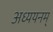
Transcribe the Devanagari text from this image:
अध्ययनम्